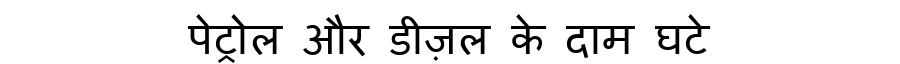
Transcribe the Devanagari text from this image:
पेट्रोल और डीज़ल के दाम घटे